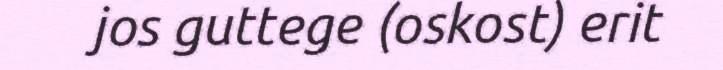
jos guttege (oskost) erit